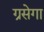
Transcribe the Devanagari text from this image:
ग्रसेगा